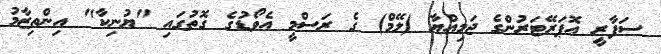
ސަފާރީ އޮޮޕަރޭޓަރުންގެ ޖަމިއްޔާ (ލޭމް) ގެ ރަސްމީ އެވޯޑުގެ ގޮތުގައި "ޔުނިކާ" އިންތިޒާމު